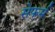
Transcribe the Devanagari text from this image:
सेफर्म